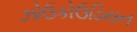
ઝોઉકોઉડિયન